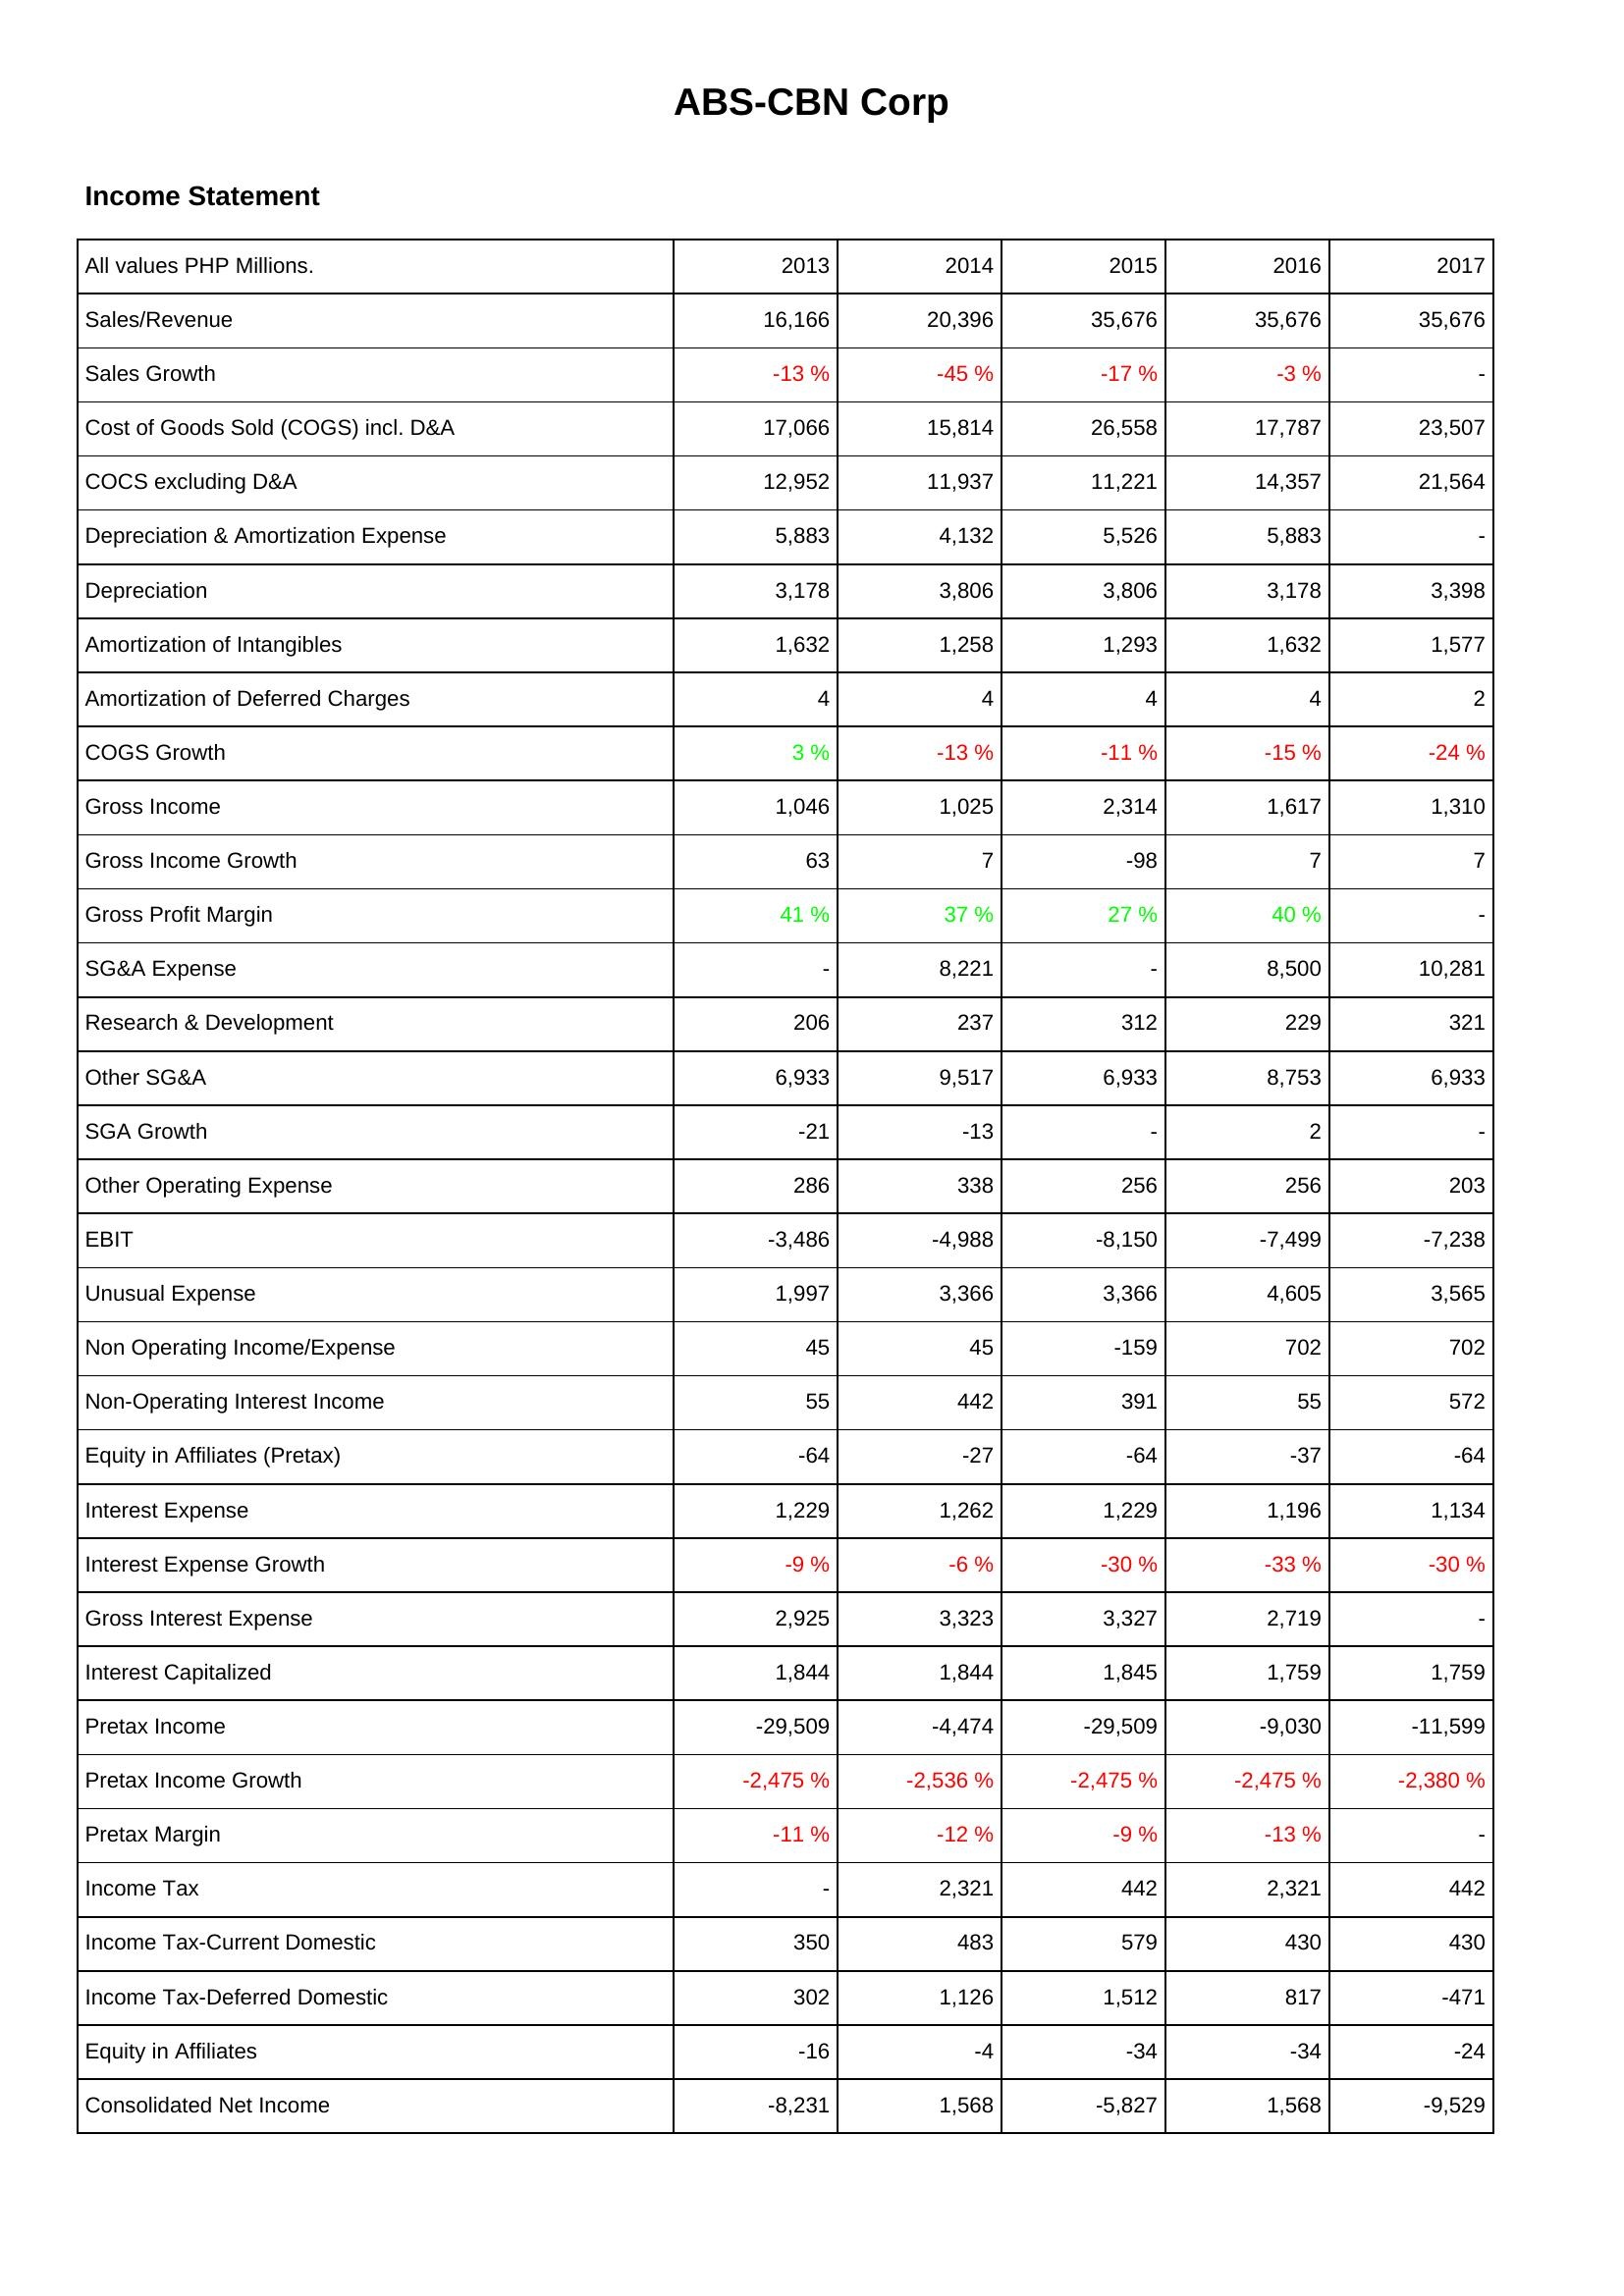
2013: Income Statement: Sales/Revenue: 16,166
Sales Growth: -13 %
Cost of Goods Sold (COGS) incl. D&A: 17,066
COCS excluding D&A: 12,952
Depreciation & Amortization Expense: 5,883
Depreciation: 3,178
Amortization of Intangibles: 1,632
Amortization of Deferred Charges: 4
COGS Growth: 3 %
Gross Income: 1,046
Gross Income Growth: 63
Gross Profit Margin: 41 %
SG&A Expense: -
Research & Development: 206
Other SG&A: 6,933
SGA Growth: -21
Other Operating Expense: 286
EBIT: -3,486
Unusual Expense: 1,997
Non Operating Income/Expense: 45
Non-Operating Interest Income: 55
Equity in Affiliates (Pretax): -64
Interest Expense: 1,229
Interest Expense Growth: -9 %
Gross Interest Expense: 2,925
Interest Capitalized: 1,844
Pretax Income: -29,509
Pretax Income Growth: -2,475 %
Pretax Margin: -11 %
Income Tax: -
Income Tax-Current Domestic: 350
Income Tax-Deferred Domestic: 302
Equity in Affiliates: -16
Consolidated Net Income: -8,231
2014: Income Statement: Sales/Revenue: 20,396
Sales Growth: -45 %
Cost of Goods Sold (COGS) incl. D&A: 15,814
COCS excluding D&A: 11,937
Depreciation & Amortization Expense: 4,132
Depreciation: 3,806
Amortization of Intangibles: 1,258
Amortization of Deferred Charges: 4
COGS Growth: -13 %
Gross Income: 1,025
Gross Income Growth: 7
Gross Profit Margin: 37 %
SG&A Expense: 8,221
Research & Development: 237
Other SG&A: 9,517
SGA Growth: -13
Other Operating Expense: 338
EBIT: -4,988
Unusual Expense: 3,366
Non Operating Income/Expense: 45
Non-Operating Interest Income: 442
Equity in Affiliates (Pretax): -27
Interest Expense: 1,262
Interest Expense Growth: -6 %
Gross Interest Expense: 3,323
Interest Capitalized: 1,844
Pretax Income: -4,474
Pretax Income Growth: -2,536 %
Pretax Margin: -12 %
Income Tax: 2,321
Income Tax-Current Domestic: 483
Income Tax-Deferred Domestic: 1,126
Equity in Affiliates: -4
Consolidated Net Income: 1,568
2015: Income Statement: Sales/Revenue: 35,676
Sales Growth: -17 %
Cost of Goods Sold (COGS) incl. D&A: 26,558
COCS excluding D&A: 11,221
Depreciation & Amortization Expense: 5,526
Depreciation: 3,806
Amortization of Intangibles: 1,293
Amortization of Deferred Charges: 4
COGS Growth: -11 %
Gross Income: 2,314
Gross Income Growth: -98
Gross Profit Margin: 27 %
SG&A Expense: -
Research & Development: 312
Other SG&A: 6,933
SGA Growth: -
Other Operating Expense: 256
EBIT: -8,150
Unusual Expense: 3,366
Non Operating Income/Expense: -159
Non-Operating Interest Income: 391
Equity in Affiliates (Pretax): -64
Interest Expense: 1,229
Interest Expense Growth: -30 %
Gross Interest Expense: 3,327
Interest Capitalized: 1,845
Pretax Income: -29,509
Pretax Income Growth: -2,475 %
Pretax Margin: -9 %
Income Tax: 442
Income Tax-Current Domestic: 579
Income Tax-Deferred Domestic: 1,512
Equity in Affiliates: -34
Consolidated Net Income: -5,827
2016: Income Statement: Sales/Revenue: 35,676
Sales Growth: -3 %
Cost of Goods Sold (COGS) incl. D&A: 17,787
COCS excluding D&A: 14,357
Depreciation & Amortization Expense: 5,883
Depreciation: 3,178
Amortization of Intangibles: 1,632
Amortization of Deferred Charges: 4
COGS Growth: -15 %
Gross Income: 1,617
Gross Income Growth: 7
Gross Profit Margin: 40 %
SG&A Expense: 8,500
Research & Development: 229
Other SG&A: 8,753
SGA Growth: 2
Other Operating Expense: 256
EBIT: -7,499
Unusual Expense: 4,605
Non Operating Income/Expense: 702
Non-Operating Interest Income: 55
Equity in Affiliates (Pretax): -37
Interest Expense: 1,196
Interest Expense Growth: -33 %
Gross Interest Expense: 2,719
Interest Capitalized: 1,759
Pretax Income: -9,030
Pretax Income Growth: -2,475 %
Pretax Margin: -13 %
Income Tax: 2,321
Income Tax-Current Domestic: 430
Income Tax-Deferred Domestic: 817
Equity in Affiliates: -34
Consolidated Net Income: 1,568
2017: Income Statement: Sales/Revenue: 35,676
Sales Growth: -
Cost of Goods Sold (COGS) incl. D&A: 23,507
COCS excluding D&A: 21,564
Depreciation & Amortization Expense: -
Depreciation: 3,398
Amortization of Intangibles: 1,577
Amortization of Deferred Charges: 2
COGS Growth: -24 %
Gross Income: 1,310
Gross Income Growth: 7
Gross Profit Margin: -
SG&A Expense: 10,281
Research & Development: 321
Other SG&A: 6,933
SGA Growth: -
Other Operating Expense: 203
EBIT: -7,238
Unusual Expense: 3,565
Non Operating Income/Expense: 702
Non-Operating Interest Income: 572
Equity in Affiliates (Pretax): -64
Interest Expense: 1,134
Interest Expense Growth: -30 %
Gross Interest Expense: -
Interest Capitalized: 1,759
Pretax Income: -11,599
Pretax Income Growth: -2,380 %
Pretax Margin: -
Income Tax: 442
Income Tax-Current Domestic: 430
Income Tax-Deferred Domestic: -471
Equity in Affiliates: -24
Consolidated Net Income: -9,529